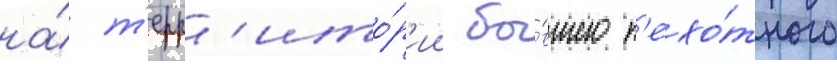
на́ т'ерр'ито́р'ии бы́вшего п'ехо́тного